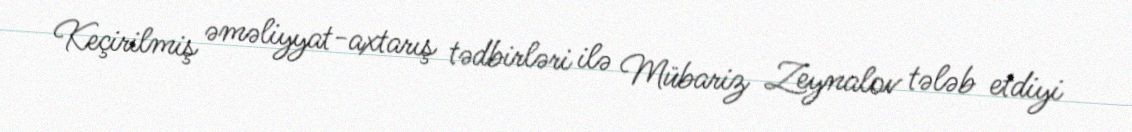
Keçirilmiş əməliyyat-axtarış tədbirləri ilə Mübariz Zeynalov tələb etdiyi